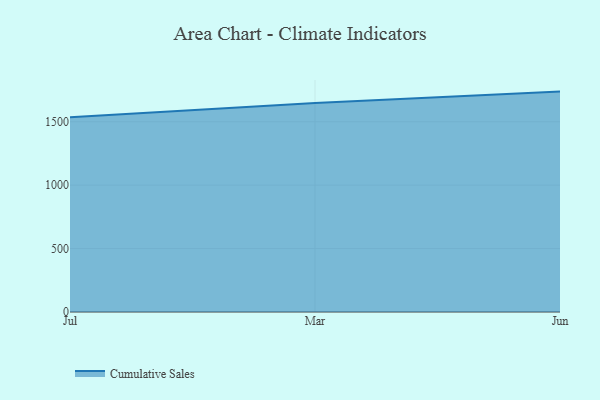
{"axis": {"x": "Month", "y": "Conversion Rate (%)"}, "legend": ["Cumulative Sales"], "data": [{"x": "Jul", "y": 1536.0, "type": "Cumulative Sales"}, {"x": "Mar", "y": 1648.3, "type": "Cumulative Sales"}, {"x": "Jun", "y": 1737.7, "type": "Cumulative Sales"}]}